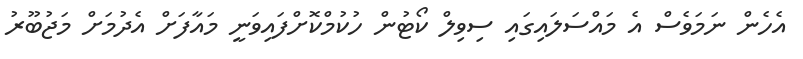
އެހެން ނަމަވެސް އެ މައްސަލައިގައި ސިވިލް ކޯޓުން ހުކުމްކޮށްފައިވަނީ މައާފަށް އެދުމަށް މަޖުބޫރު